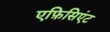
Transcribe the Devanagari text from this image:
एफ़िसिएंट